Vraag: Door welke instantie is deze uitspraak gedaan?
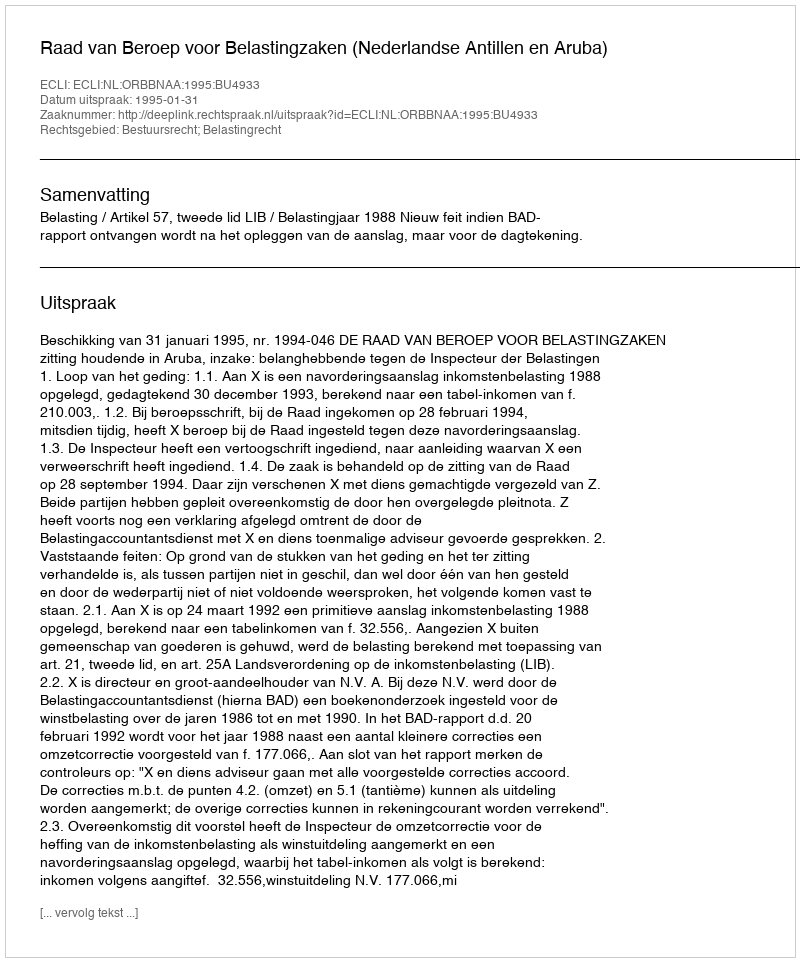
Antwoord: Raad van Beroep voor Belastingzaken (Nederlandse Antillen en Aruba)